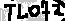
Text: TL072